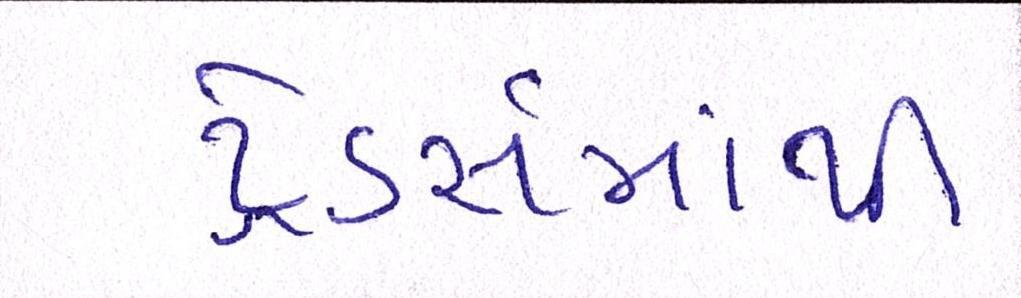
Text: ટ્રેડર્સમાંથી